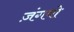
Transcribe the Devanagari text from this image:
ज़ंगबो